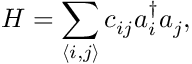
H = \sum _ { \langle i , j \rangle } c _ { i j } a _ { i } ^ { \dag } a _ { j } ,